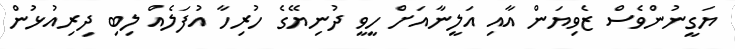
ޔަގީނުންވެސް ޒެވިޔަން އާއި އަލީނާއަށް ހީވީ ދުނިޔޭގެ ހުރިހާ އުފަލެއް ލިބި ދިރިއުޅުން